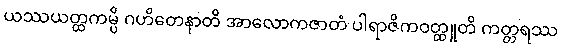
ယဿယတ္ထကမ္ပိ ဂဟိတေနာတိ အာလောကဇာတံ ပါရာဇိကဝတ္ထူတိ ကတ္တရဿ